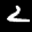
Label: 2